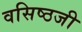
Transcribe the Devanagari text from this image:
वसिष्ठजी